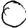
Digit: 0